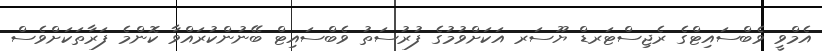
އެމްވީ ވެބްސައިޓްގެ ރެޖިސްޓަރޑް ޔޫސަރ އަކަށްވުމުގެ ފުރުސަތު ވެބްސައިޓް ބޭނުންކުރައްވާ ކޮންމެ ފަރާތަކަށްވެސް